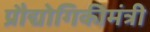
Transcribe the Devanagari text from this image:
प्रौद्योगिकीमंत्री